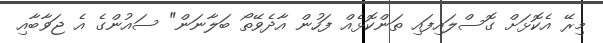
މިރޭ އެކޮޅަށް ގޮސްލައިފައި ތަންކޮޅެއް ފަހުން އާދެވޭތޯ ބަލާނަން" ސައުންގެ އެ ޖަވާބާއި